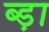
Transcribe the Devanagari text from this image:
ब्ड़ा